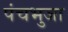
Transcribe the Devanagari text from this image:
पंचभुजा